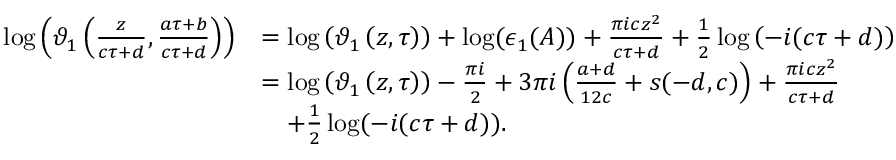
\begin{array} { r l } { \log \left( \vartheta _ { 1 } \left( \frac { z } { c \tau + d } , \frac { a \tau + b } { c \tau + d } \right) \right) } & { = \log \left( \vartheta _ { 1 } \left( z , \tau \right) \right) + \log ( \epsilon _ { 1 } ( A ) ) + \frac { \pi i c z ^ { 2 } } { c \tau + d } + \frac { 1 } { 2 } \log \left( - i ( c \tau + d ) \right) } \\ & { = \log \left( \vartheta _ { 1 } \left( z , \tau \right) \right) - \frac { \pi i } { 2 } + 3 \pi i \left( \frac { a + d } { 1 2 c } + s ( - d , c ) \right) + \frac { \pi i c z ^ { 2 } } { c \tau + d } } \\ { ~ ~ ~ ~ ~ ~ ~ } & { ~ ~ ~ + \frac { 1 } { 2 } \log ( - i ( c \tau + d ) ) . } \end{array}